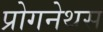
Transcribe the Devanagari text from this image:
प्रोगनेथस